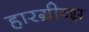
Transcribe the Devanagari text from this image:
हारग्रीव्झ